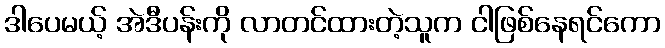
ဒါပေမယ့် အဲဒီပန်းကို လာတင်ထားတဲ့သူက ငါဖြစ်နေရင်ကော